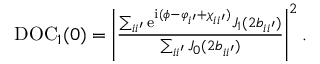
\begin{array} { r } { \mathrm { D O C } _ { 1 } ( 0 ) = \left| \frac { \sum _ { i i ^ { \prime } } \mathrm { e } ^ { \mathrm { i } ( \phi - \varphi _ { i ^ { \prime } } + \chi _ { i i ^ { \prime } } ) } J _ { 1 } ( 2 b _ { i i ^ { \prime } } ) } { \sum _ { i i ^ { \prime } } J _ { 0 } ( 2 b _ { i i ^ { \prime } } ) } \right| ^ { 2 } . } \end{array}